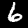
Digit: 6